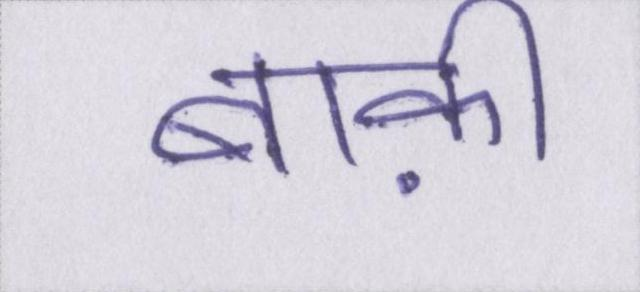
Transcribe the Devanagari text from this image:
बाक़ी